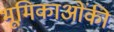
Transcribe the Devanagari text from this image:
भूमिकाओंकी